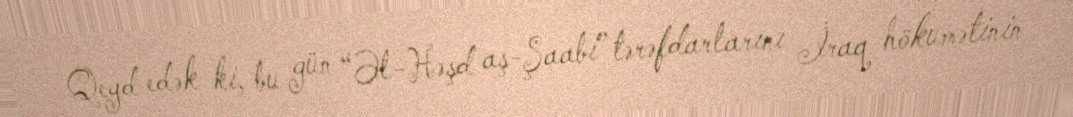
Qeyd edək ki, bu gün “Əl-Həşd aş-Şaabi” tərəfdarlarını İraq hökumətinin